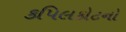
કપિલકોટનો